Report of the Hyderabad Chloroform Commission
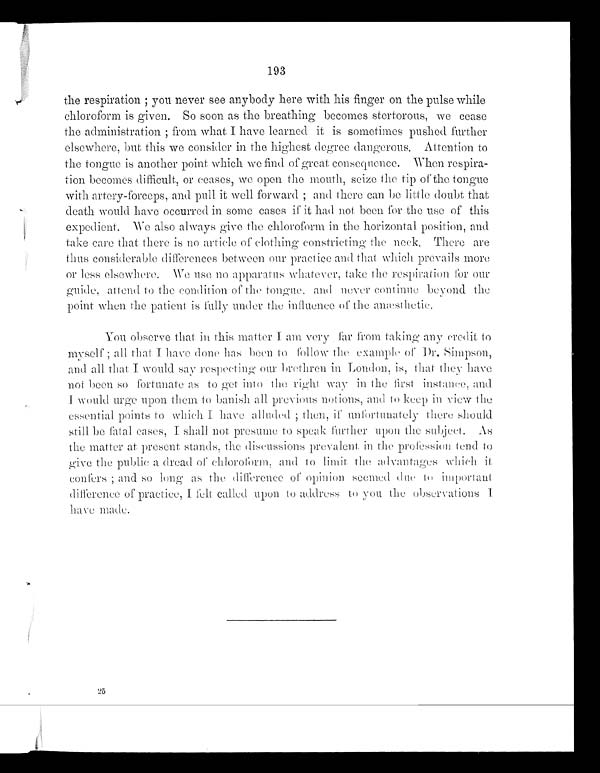
193
t h e r e s p i r a t i o n ; y o u n e v e r s e e a n y b o d y h e r e wi t h h i s f i n g e r o n t h e p u l s e wh i l e
chloroform is given. So soon as the breathing becomes stertorous, we cease
t he admi ni s t r at i on; f r om what I have l ear ned i t i s s omet i mes pus hed f ur t her
e lsewhere,but thisweconsider in the highest degree dangerous. Attention to
the tongue is another point which we find of great consequence. When respira--
tion becomes difficult, or ceases, we open the mouth, seize the tip of the tongue
with artery-forceps, and pull it well forward; and there can be little doubt that
death would have occurred in some cases if it had not been for the use of this
expedient. We also always give the chloroform in the horizontal. position, and
take care that there is no article of clothing constricting the neck. There are
thus considerable differences between our practice and that which prevails more
or less elsewhere.We use no apparatus whatever
,take the
respiration for ourguide, attend to the condition of the tongue. and never continue beyond the
point when the patient is fully under the influence of the anæsthetic.
You observe that in this matter I am very far from taking any credit to
myself ; all that I have done has been to follow the example of Dr. Simpson,
and all that I would say respecting our brethren in London, is, that they have
not been so fortunate as to get into the right way in the first instance, and
I would urge upon them to banish all previous notions, and to keep in view the
essential points to which I have alluded; then, if unfortunately theres h o u l d
still be fatal cases, I shall not presume to speak further upon the subject. As
the matter at present stands, the discussions prevalent in the profession tend to
give the public a dread of chloroform, and to limit the advantages which it
confers; and so long as the d i f f e r e n c e o f o p i n i o n
s e e m e d d u e t o i m p o r t a n t
difference of practice, I felt
c a l l e d
upon to address to you the obser vations I
have made.